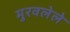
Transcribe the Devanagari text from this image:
मुरवलेले